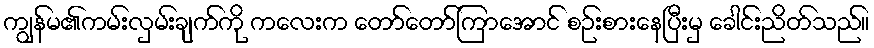
ကျွန်မ၏ကမ်းလှမ်းချက်ကို ကလေးက တော်တော်ကြာအောင် စဉ်းစားနေပြီးမှ ခေါင်းညိတ်သည်။